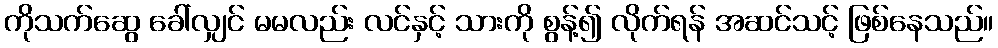
ကိုသက်ဆွေ ခေါ်လျှင် မမလည်း လင်နှင့် သားကို စွန့်၍ လိုက်ရန် အဆင်သင့် ဖြစ်နေသည်။